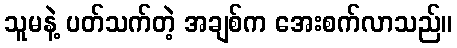
သူမနဲ့ ပတ်သက်တဲ့ အချစ်က အေးစက်လာသည်။